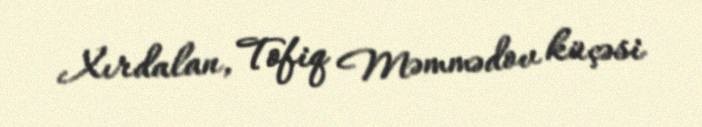
Xırdalan, Tofiq Məmmədov küçəsi